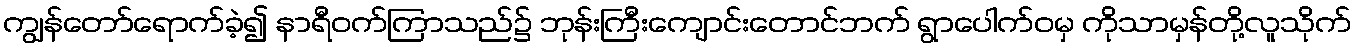
ကျွန်တော်ရောက်ခဲ့၍ နာရီဝက်ကြာသည်၌ ဘုန်းကြီးကျောင်းတောင်ဘက် ရွာပေါက်ဝမှ ကိုသာမှန်တို့လူသိုက်